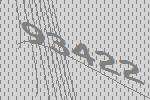
93422